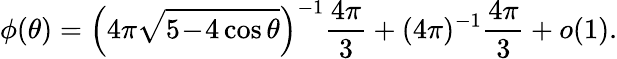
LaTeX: \phi(\theta)=\Big(4\pi\sqrt{5\! -\! 4\cos\theta}\Big)^{-1}\frac{4\pi}3+(4\pi)^{-1}\frac{4\pi}3+o(1).